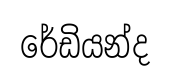
රේඩියන්ද